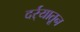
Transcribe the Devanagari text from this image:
दर्र्‍यातून